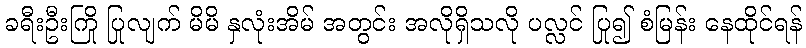
ခရီးဦးကြို ပြုလျက် မိမိ နှလုံးအိမ် အတွင်း အလိုရှိသလို ပလ္လင် ပြု၍ စံမြန်း နေထိုင်ရန်